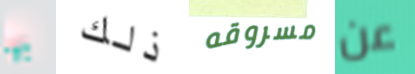
بها ذلك مسروقه عن